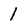
Character: 1